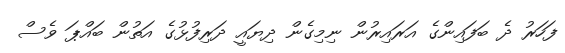
ފަހަރު ދެ ބަފައިންގެ އަރައިރުން ނިމިގެން ދިޔައީ ދަރިފުޅުގެ އަތުން ބައްޕަ ވެސް